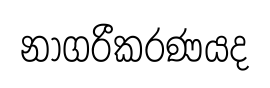
නාගරීකරණයද